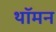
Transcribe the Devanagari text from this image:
थॉमन